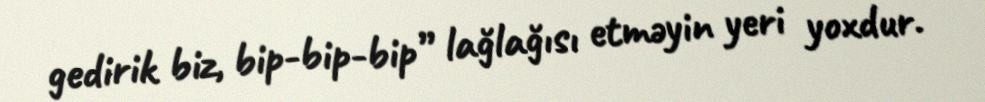
gedirik biz, bip-bip-bip” lağlağısı etməyin yeri yoxdur.